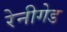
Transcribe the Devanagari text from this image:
रेनीगेड